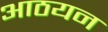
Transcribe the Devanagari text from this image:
आठयन